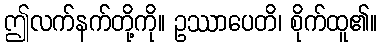
ဤလက်နက်တို့ကို။ ဥဿာပေတိ၊ စိုက်ထူ၏။